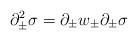
LaTeX: \begin{align*}\partial^2_{\pm}\sigma=\partial_{\pm}w_{\pm} \partial_{\pm} \sigma\end{align*}